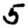
Digit: 5